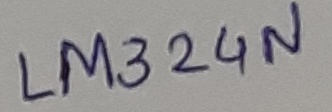
Text: LM324N